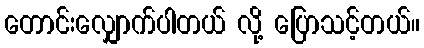
တောင်းလျှောက်ပါတယ် လို့ ပြောသင့်တယ်။